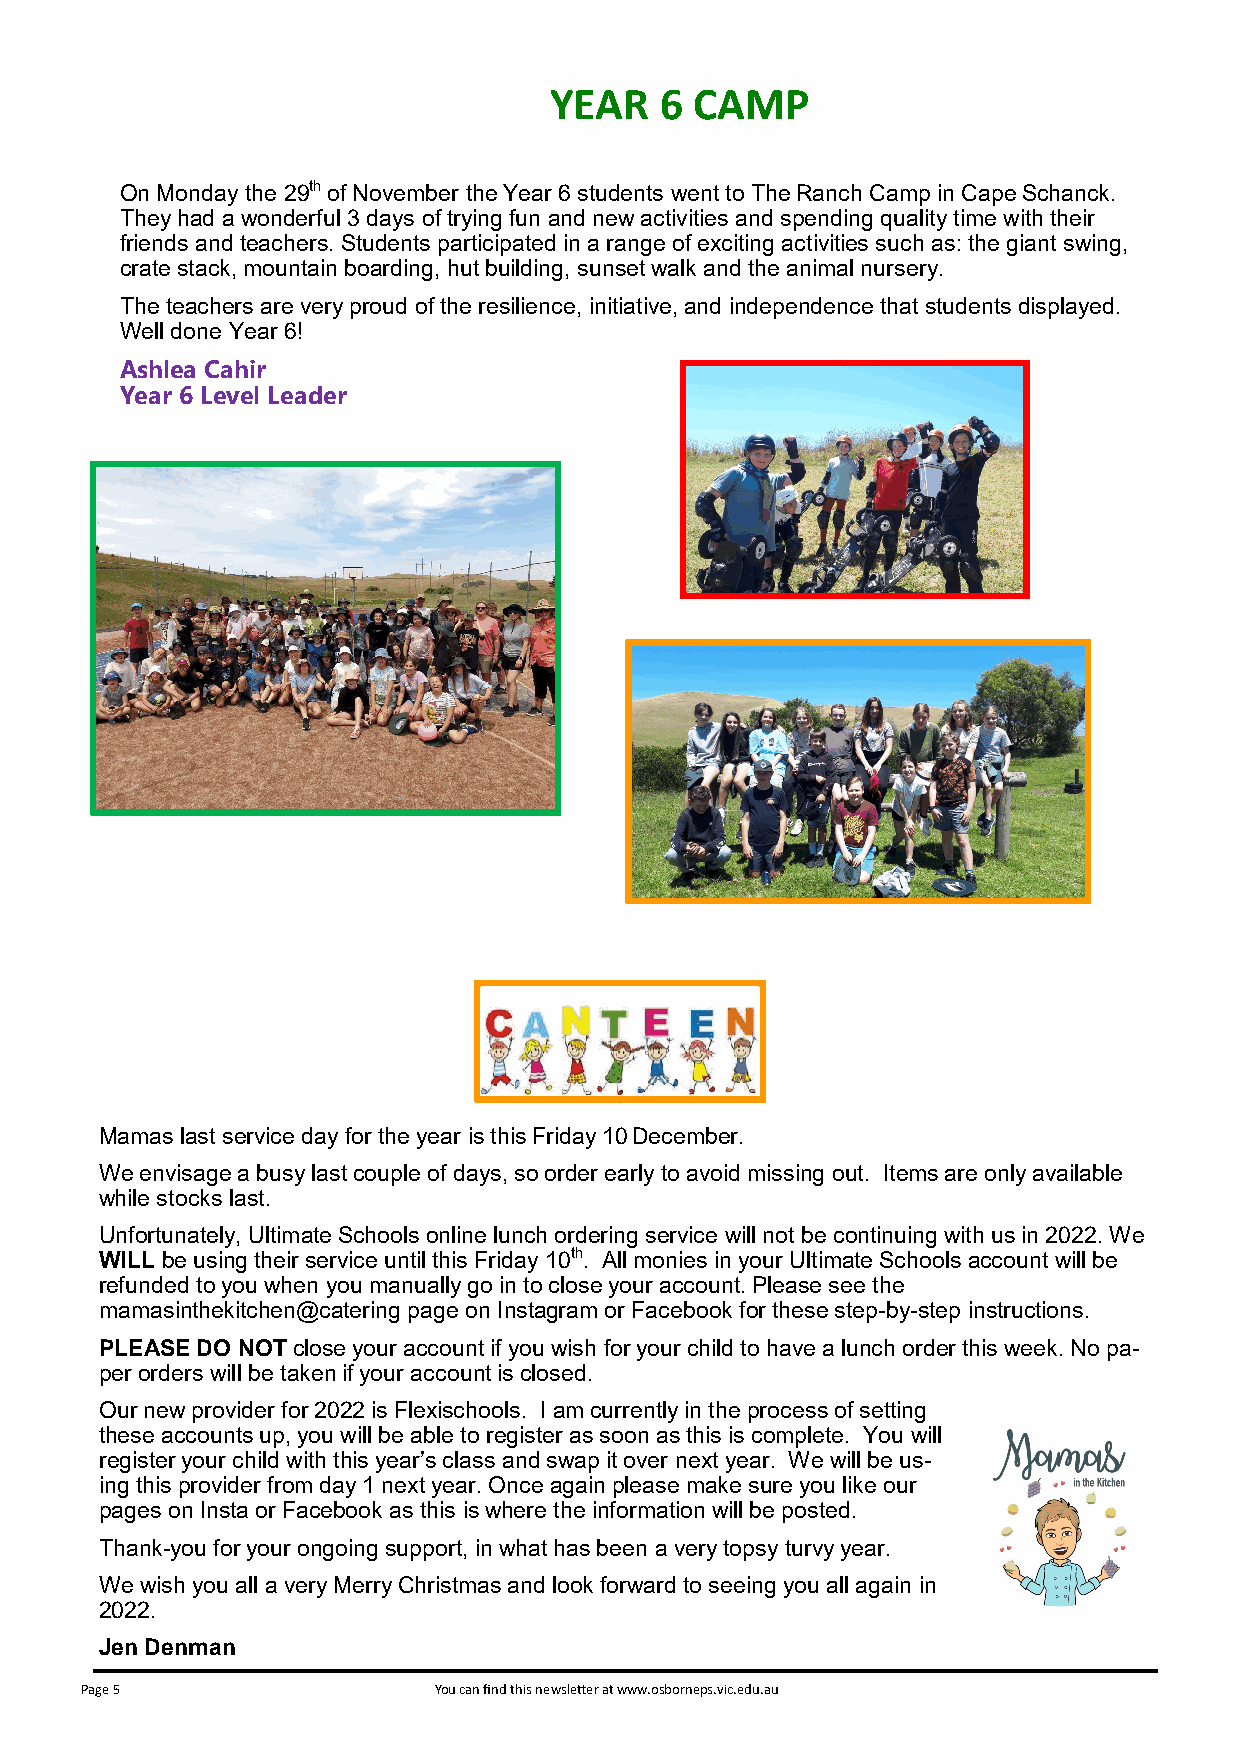
YEAR    6 CAMP
 On Monday the 29th of November the Year 6 students went to The Ranch Camp in Cape Schanck.
 They had a wonderful 3 days of trying fun and new activities and spending quality time with their
 friends and teachers. Students participated in a range of exciting activities such as: the giant swing,
 crate stack, mountain boarding, hut building, sunset walk and the animal nursery.
 The teachers are very proud of the resilience, initiative, and independence that students displayed.
 Well done Year 6!
 Ashlea Cahir
 Year 6 Level Leader
 Mamas last service day for the year is this Friday 10 December.
 We envisage a busy last couple of days, so order early to avoid missing out. Items are only available
 while stocks last.
 Unfortunately, Ultimate Schools online lunch ordering service will not be continuing with us in 2022. We
 WILL be using their service until this Friday 10th. All monies in your Ultimate Schools account will be
 refunded to you when you manually go in to close your account. Please see the
 mamasinthekitchen@catering page on Instagram or Facebook for these step-by-step instructions.
 PLEASE DO NOT close your account if you wish for your child to have a lunch order this week. No pa-
 per orders will be taken if your account is closed.
 Our new provider for 2022 is Flexischools. I am currently in the process of setting
 these accounts up, you will be able to register as soon as this is complete. You will
 register your child with this year’s class and swap it over next year. We will be us-
 ing this provider from day 1 next year. Once again please make sure you like our
 pages on Insta or Facebook as this is where the information will be posted.
 Thank-you for your ongoing support, in what has been a very topsy turvy year.
 We wish you all a very Merry Christmas and look forward to seeing you all again in
 2022.
 Jen Denman
 Page 5                  You can find this newsletter at www.osborneps.vic.edu.au